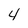
Character: 4